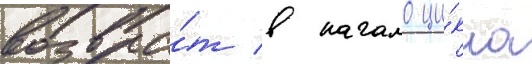
возвра́т в начало ци́кла